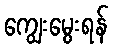
ကျွေးမွေးရန်